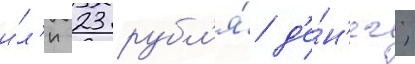
и́л'и 23 рубл'я́ д'е́н'ег;